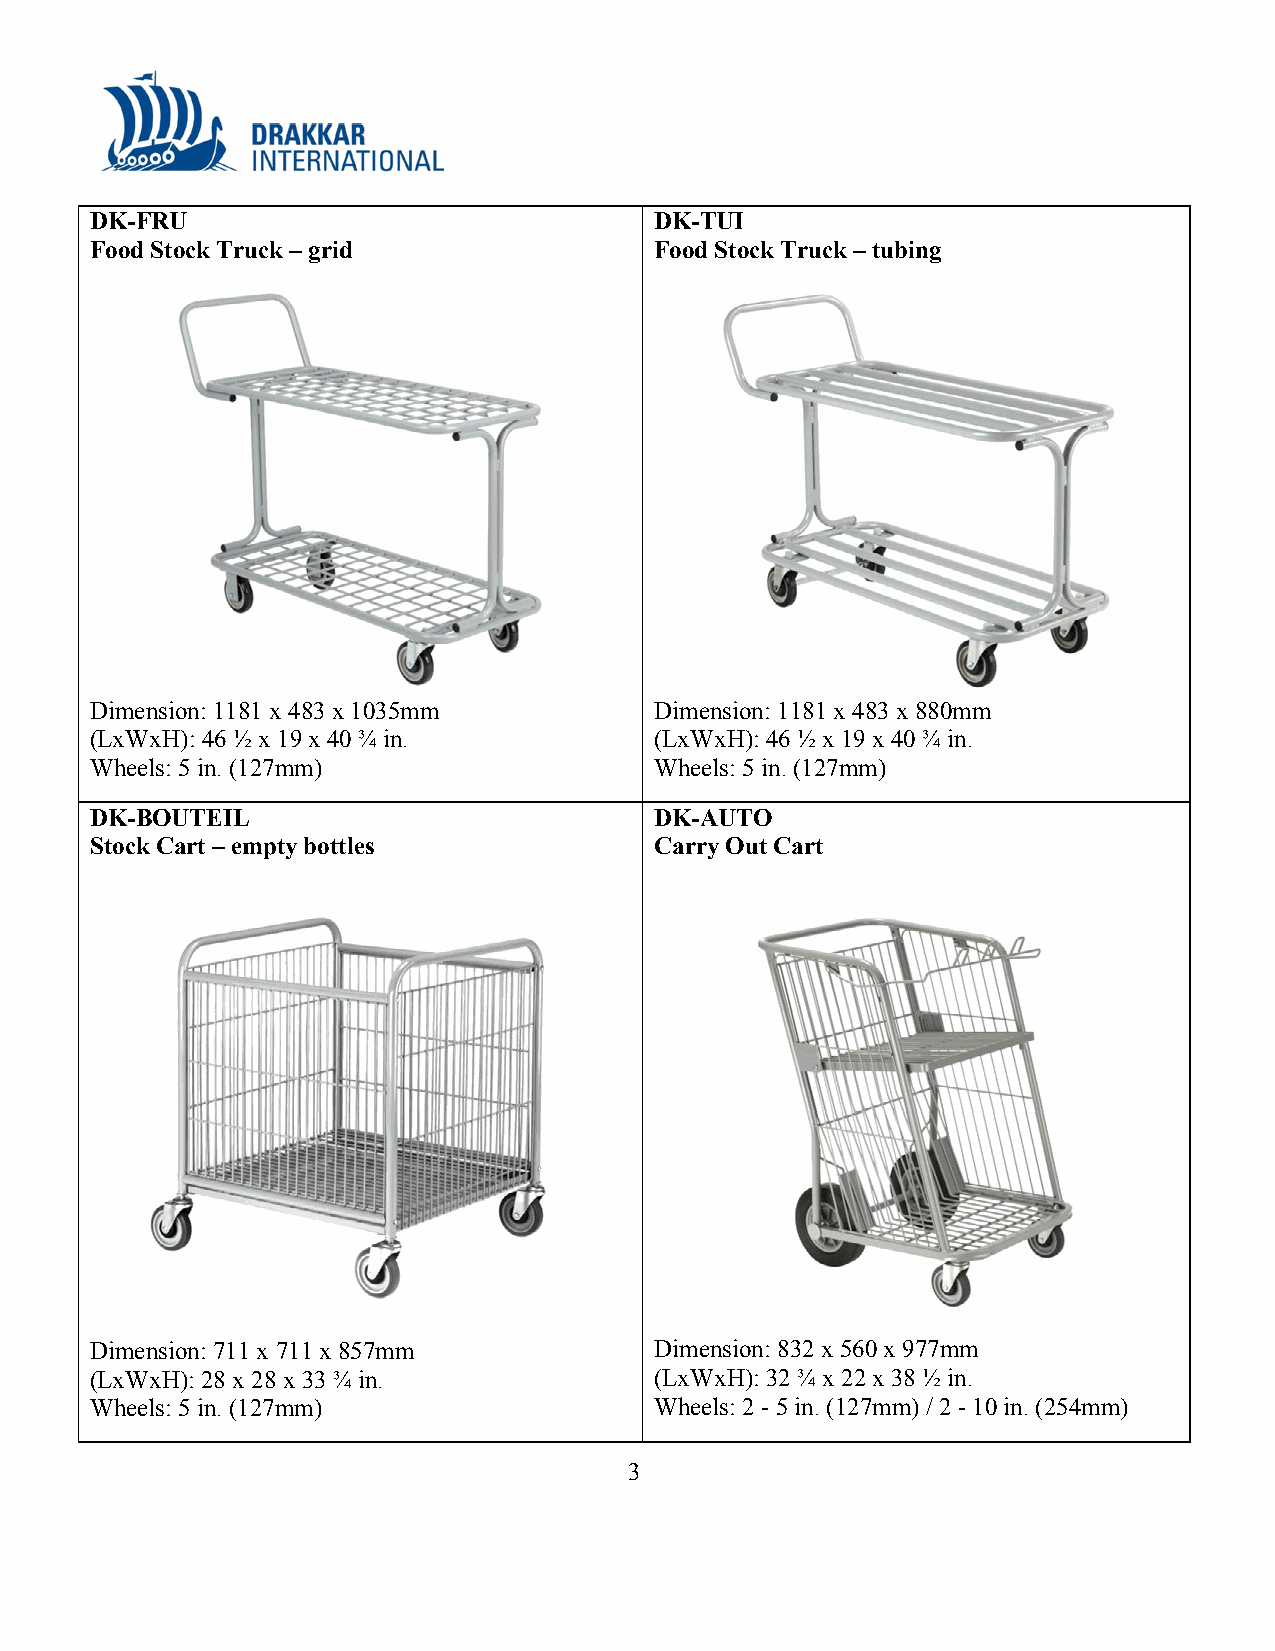
DK-FRU                               DK-TUI
 Food Stock Truck – grid              Food Stock Truck – tubing
 Dimension: 1181 x 483 x 1035mm       Dimension: 1181 x 483 x 880mm
 (LxWxH): 46 ½ x 19 x 40 ¾ in.        (LxWxH): 46 ½ x 19 x 40 ¾ in.
 Wheels: 5 in. (127mm)                Wheels: 5 in. (127mm)
 DK-BOUTEIL                           DK-AUTO
 Stock Cart – empty bottles           Carry Out Cart
 Dimension: 711 x 711 x 857mm         Dimension: 832 x 560 x 977mm
 (LxWxH): 28 x 28 x 33 ¾ in.          (LxWxH): 32 ¾ x 22 x 38 ½ in.
 Wheels: 5 in. (127mm)                Wheels: 2 - 5 in. (127mm) / 2 - 10 in. (254mm)
 3